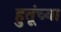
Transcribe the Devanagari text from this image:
हुतूंच्‍या